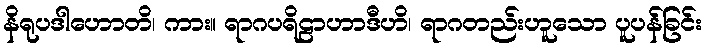
နိရုပဒါဟောတိ၊ ကား။ ရာဂပရိဠာဟာဒီဟိ၊ ရာဂတည်းဟူသော ပူပန်ခြင်း